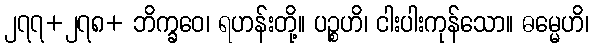
၂၇၇+၂၇၈+ ဘိက္ခဝေ၊ ရဟန်းတို့။ ပဉ္စဟိ၊ ငါးပါးကုန်သော။ ဓမ္မေဟိ၊